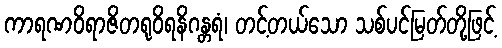
ကာရဏဝိရာဇိတရုဝိရနိဂန္တရံ၊ တင့်တယ်သော သစ်ပင်မြတ်တို့ဖြင့်